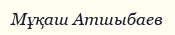
Мұқаш Атшыбаев